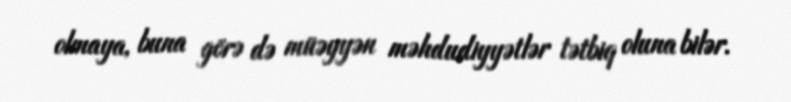
olmaya, buna görə də müəyyən məhdudiyyətlər tətbiq oluna bilər.